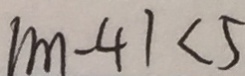
\vert m - 4 \vert < 5